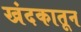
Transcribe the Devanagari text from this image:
खंदकातून